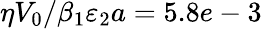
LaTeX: {\eta}{V_{0}}/{\beta_{1}}{\varepsilon_{2}}a=5.8e-3